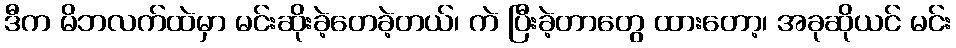
ဒီက မိဘလက်ထဲမှာ မင်းဆိုးခဲ့တေခဲ့တယ်၊ ကဲ ပြီးခဲ့တာတွေ ထားတော့၊ အခုဆိုယင် မင်း